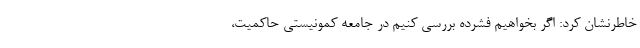
خاطرنشان کرد: اگر بخواهیم فشرده بررسی کنیم در جامعه کمونیستی حاکمیت،